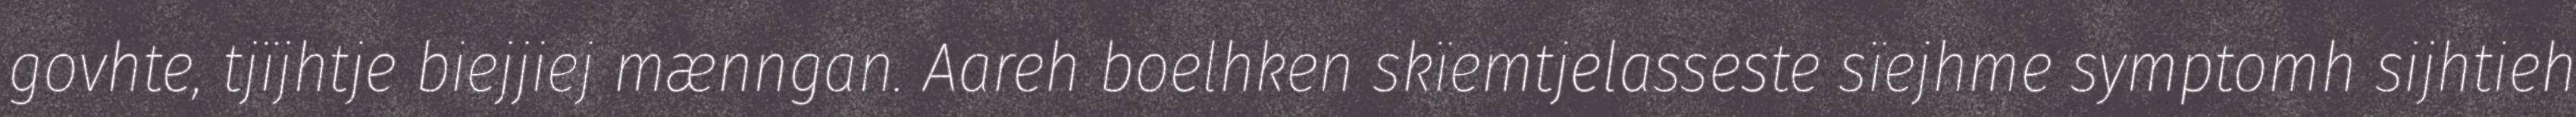
govhte, tjïjhtje biejjiej mænngan. Aareh boelhken skïemtjelasseste sïejhme symptomh sijhtieh